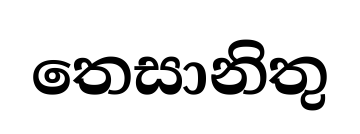
තෙසානිතු